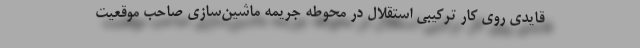
قایدی روی کار ترکیبی استقلال در محوطه جریمه ماشین‌سازی صاحب موقعیت